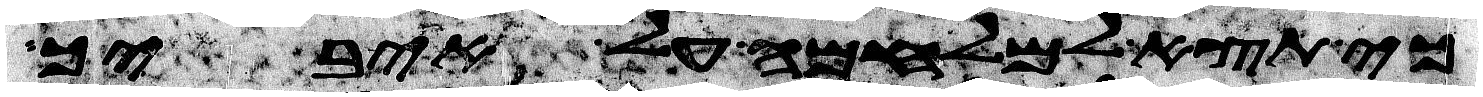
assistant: כי תצא למלחמה על איביך